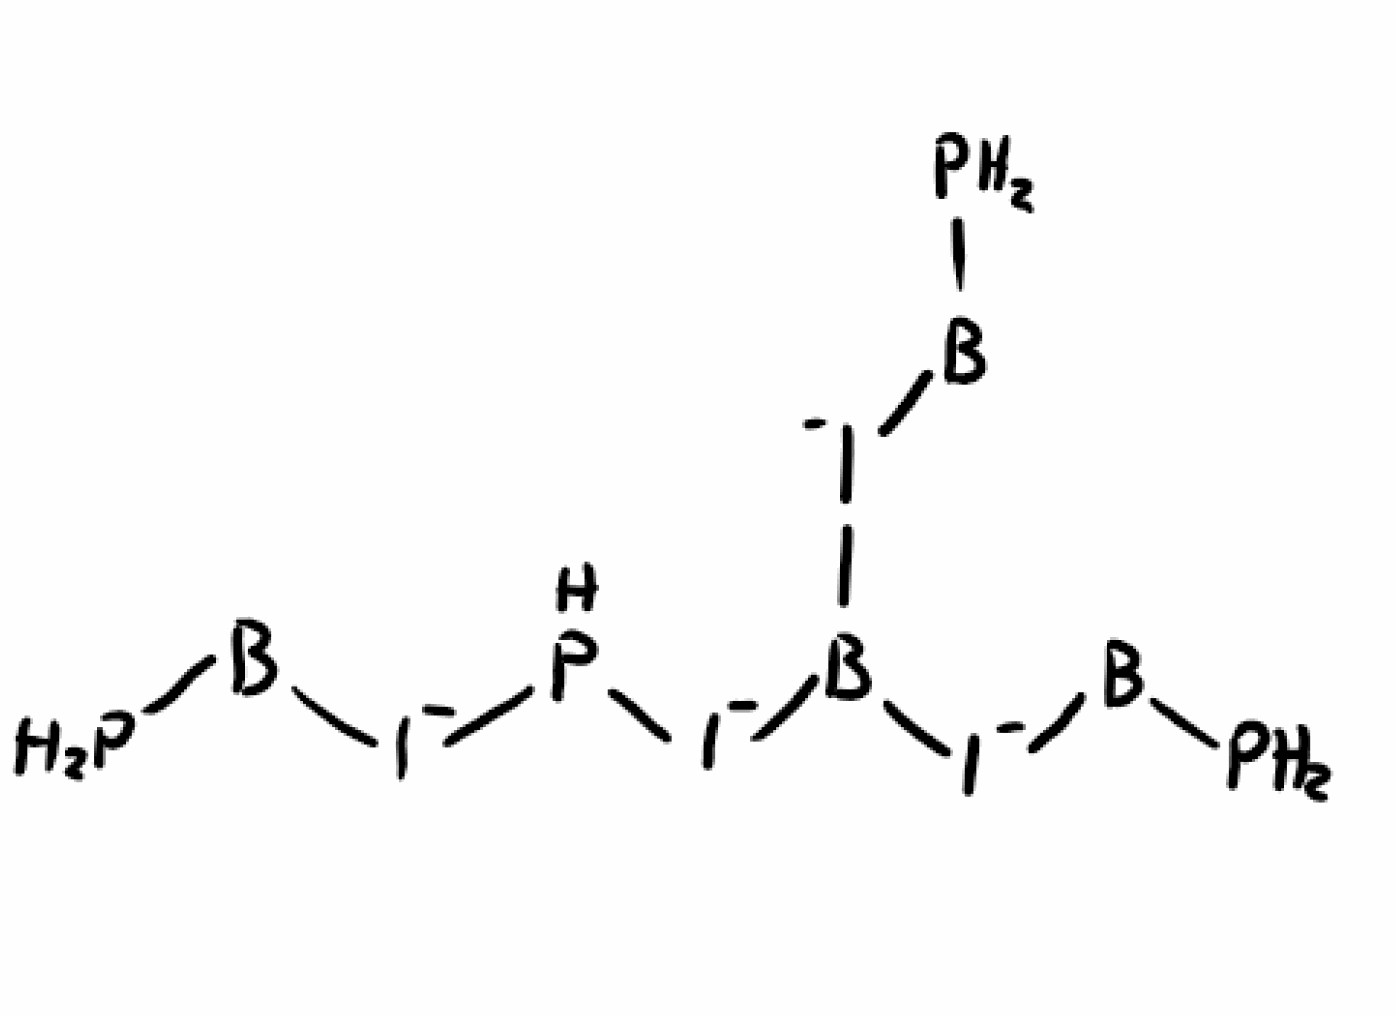
Simplified molecular-input line-entry system (SMILES) notation of the given molecule:
[B](P)[I-]B([I-][B]P)[I-]P[I-][B]P